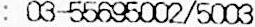
: 03-55695002/5003